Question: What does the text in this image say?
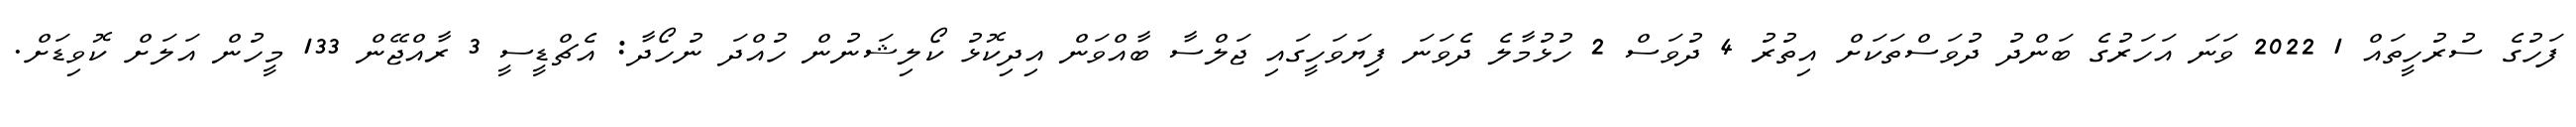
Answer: ފަހުގެ ސުރުހީތައް 1 2022 ވަނަ އަހަރުގެ ބަންދު ދުވަސްތަކަށް އިތުރު 4 ދުވަސް 2 ހުޅުމާލެ ދެވަނަ ފިޔަވަހީގައި ޖަލްސާ ބާއްވަން އިދިކޮޅު ކޯލިޝަނުން ހުއްދަ ނުހޯދާ: އެޗްޑީސީ 3 ރާއްޖޭން 133 މީހުން އަލަށް ކޮވިޑަށް.